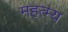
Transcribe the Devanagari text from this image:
महत्म्य